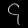
Digit: ၄